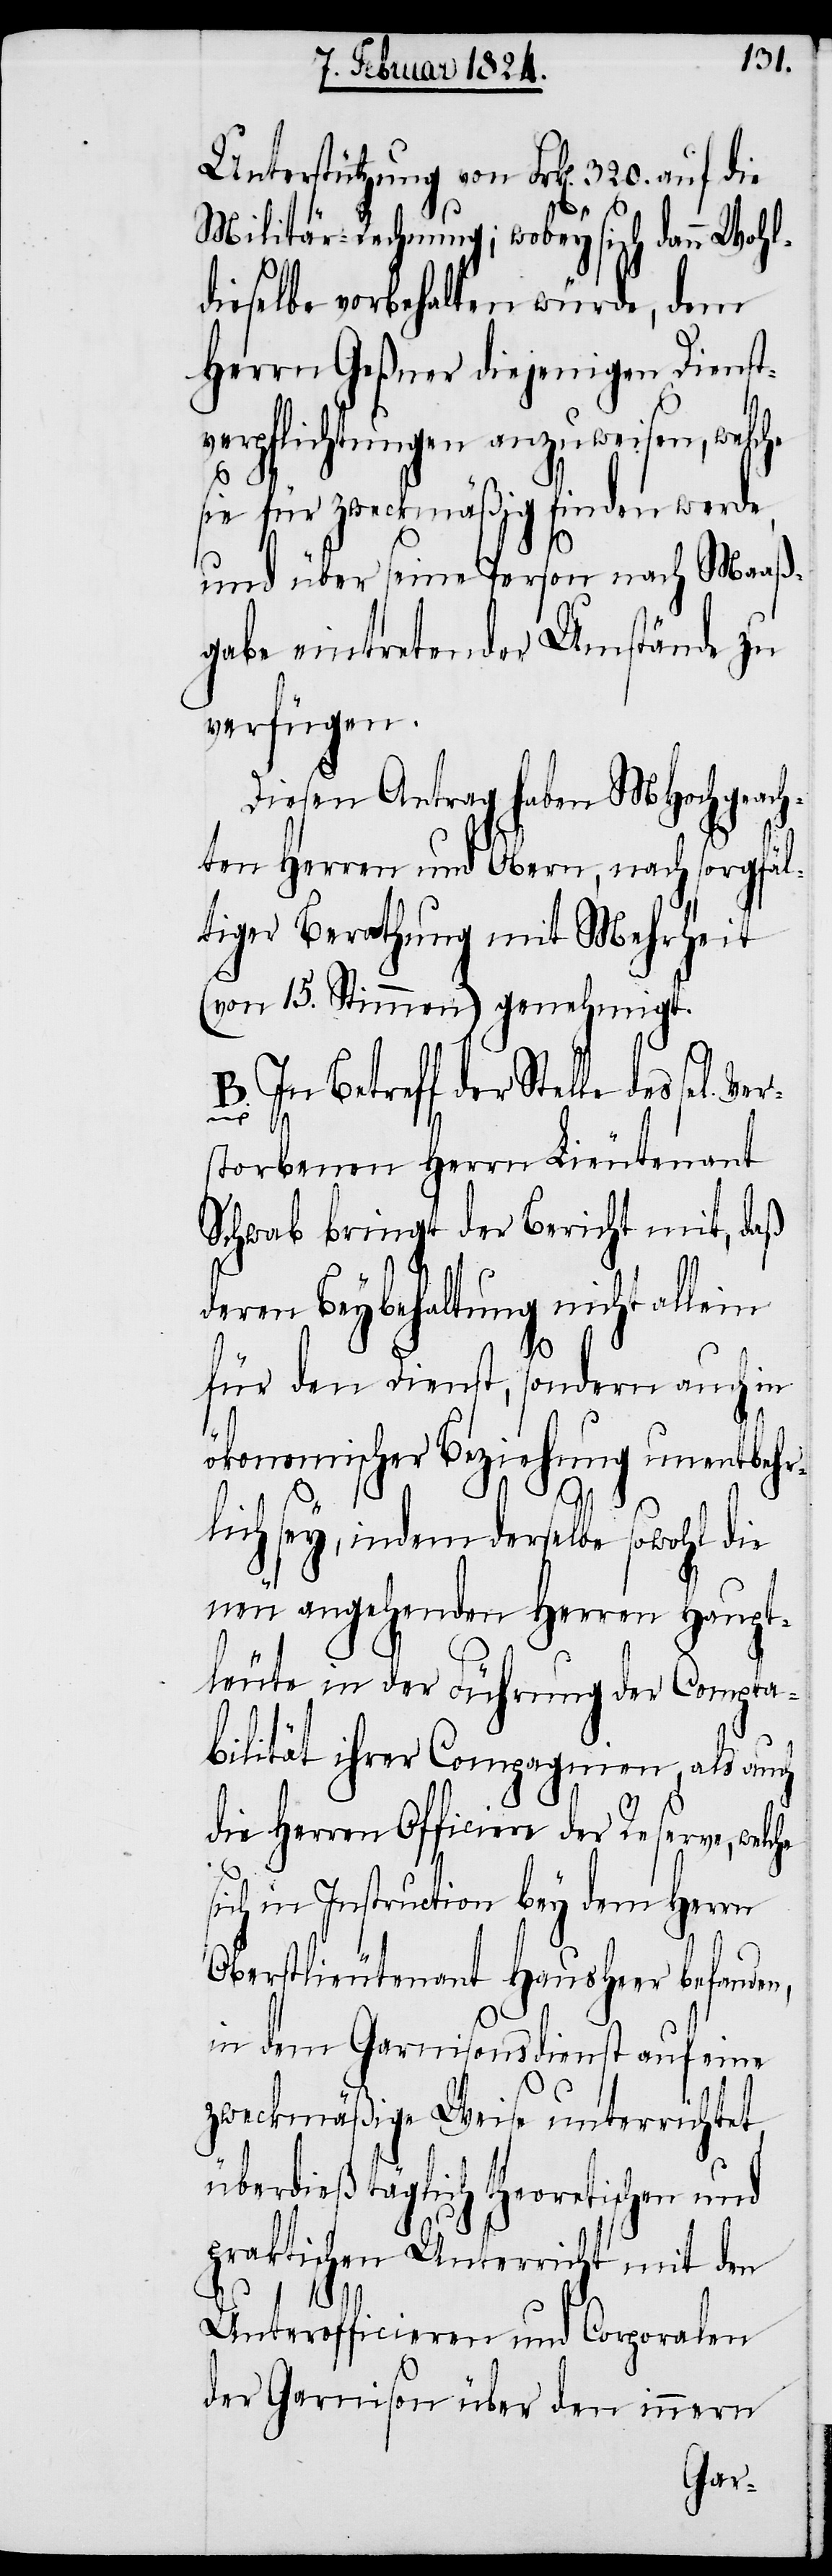
Unterstützung von Frk[en]. 320. auf die
Militär-Rechnung; wobey sich dann Wohl¬
dieselbe vorbehalten würde, dem
Herrn Geßner diejenigen Dienst¬
verpflichtungen anzuweisen, welc¬
B.)
sie für zweckmäßig finden werde,
und über seine Person nach Maaß¬
gabe eintretender Umstände zu
verfügen.
der Reserve, welche
ten Herren und Obern, nach sorgfäl¬
tiger Berathung mit Mehrheit
(von 15. Stimmen) genehmigt.
Betreff der Stelle des sel. ve¬
In
r¬
storbenen Herrn Lieutenant
Schwab bringt der Bericht mit, daß
deren Beybehaltung nicht allein
für den Dienst, sondern auch in
ökonomischer Beziehung unentbehr¬
lich sey, indem derselbe sowohl die
neu anstehenden Herren Haupt¬
leute in der Führung der Compta¬
bilität ihrer Compagnien, als auch
sich in Instruction bey dem Herrn
Oberstlieutenant Hausheer befanden,
in dem Garnisonsdienst auf eine
zweckmäßige Weise unterrichtet,
überdieß täglich theoretischen und
praktischen Unterricht mit den
Unterofficieren und Corporalen
der Garnison über den innern